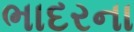
ભાદરના